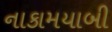
નાકામયાબી